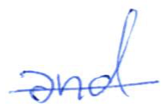
Text: and
Cross-out: mix
Writing tool: ballpoint